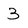
Character: 3